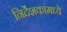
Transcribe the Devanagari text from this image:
निर्देशकांमध्ये